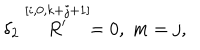
LaTeX: \delta _ { 2 } \stackrel { [ i , 0 , k + j + 1 ] } { R ^ { \prime } } = 0 , \; m = j ,